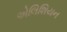
એલિશિયન